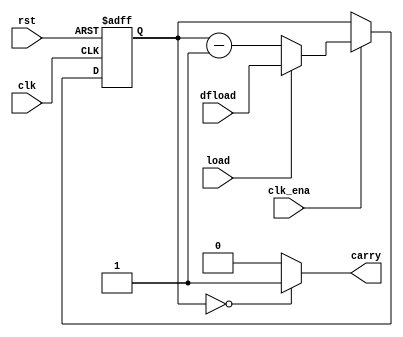
module counter_load_down(
  clk, rst, clk_ena,
  load,  
  carry,  
  dfload  
);
  parameter MOD_COUNT = 4;
  parameter WIDTH = 4;
  input clk, rst, clk_ena;
  input load;
  input[WIDTH-1:0] dfload;
  output carry;
    reg carry_tmp;
  assign carry = carry_tmp;
  reg [WIDTH-1:0] count;  
  always @(posedge clk or posedge rst) begin
    if(rst)
    count <= 0;
  else if(clk_ena)
    if(load)  
      count <= dfload;
    else
      count <= count-1;
  end
  always @(count) begin 
    if(count == 
  0)
      carry_tmp = 'b1;
    else 
      carry_tmp = 'b0;  
  end
endmodule